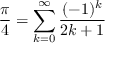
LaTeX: { \frac { \pi } { 4 } } = \sum _ { k = 0 } ^ { \infty } { \frac { ( - 1 ) ^ { k } } { 2 k + 1 } }